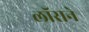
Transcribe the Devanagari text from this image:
लॉराने